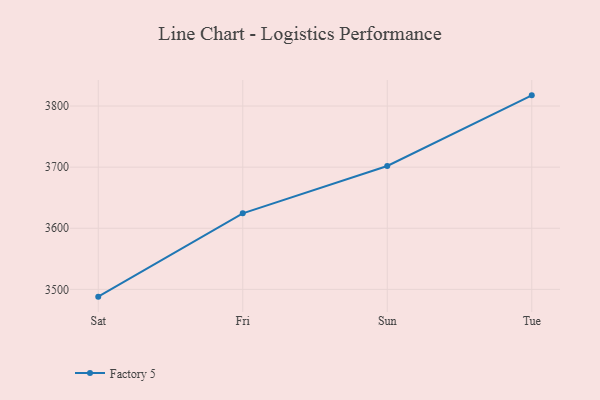
{"axis": {"x": "Day", "y": "Conversion Rate (%)"}, "legend": ["Factory 5"], "data": [{"x": "Sat", "y": 3488.1, "type": "Factory 5"}, {"x": "Fri", "y": 3624.4, "type": "Factory 5"}, {"x": "Sun", "y": 3701.9, "type": "Factory 5"}, {"x": "Tue", "y": 3817.5, "type": "Factory 5"}]}